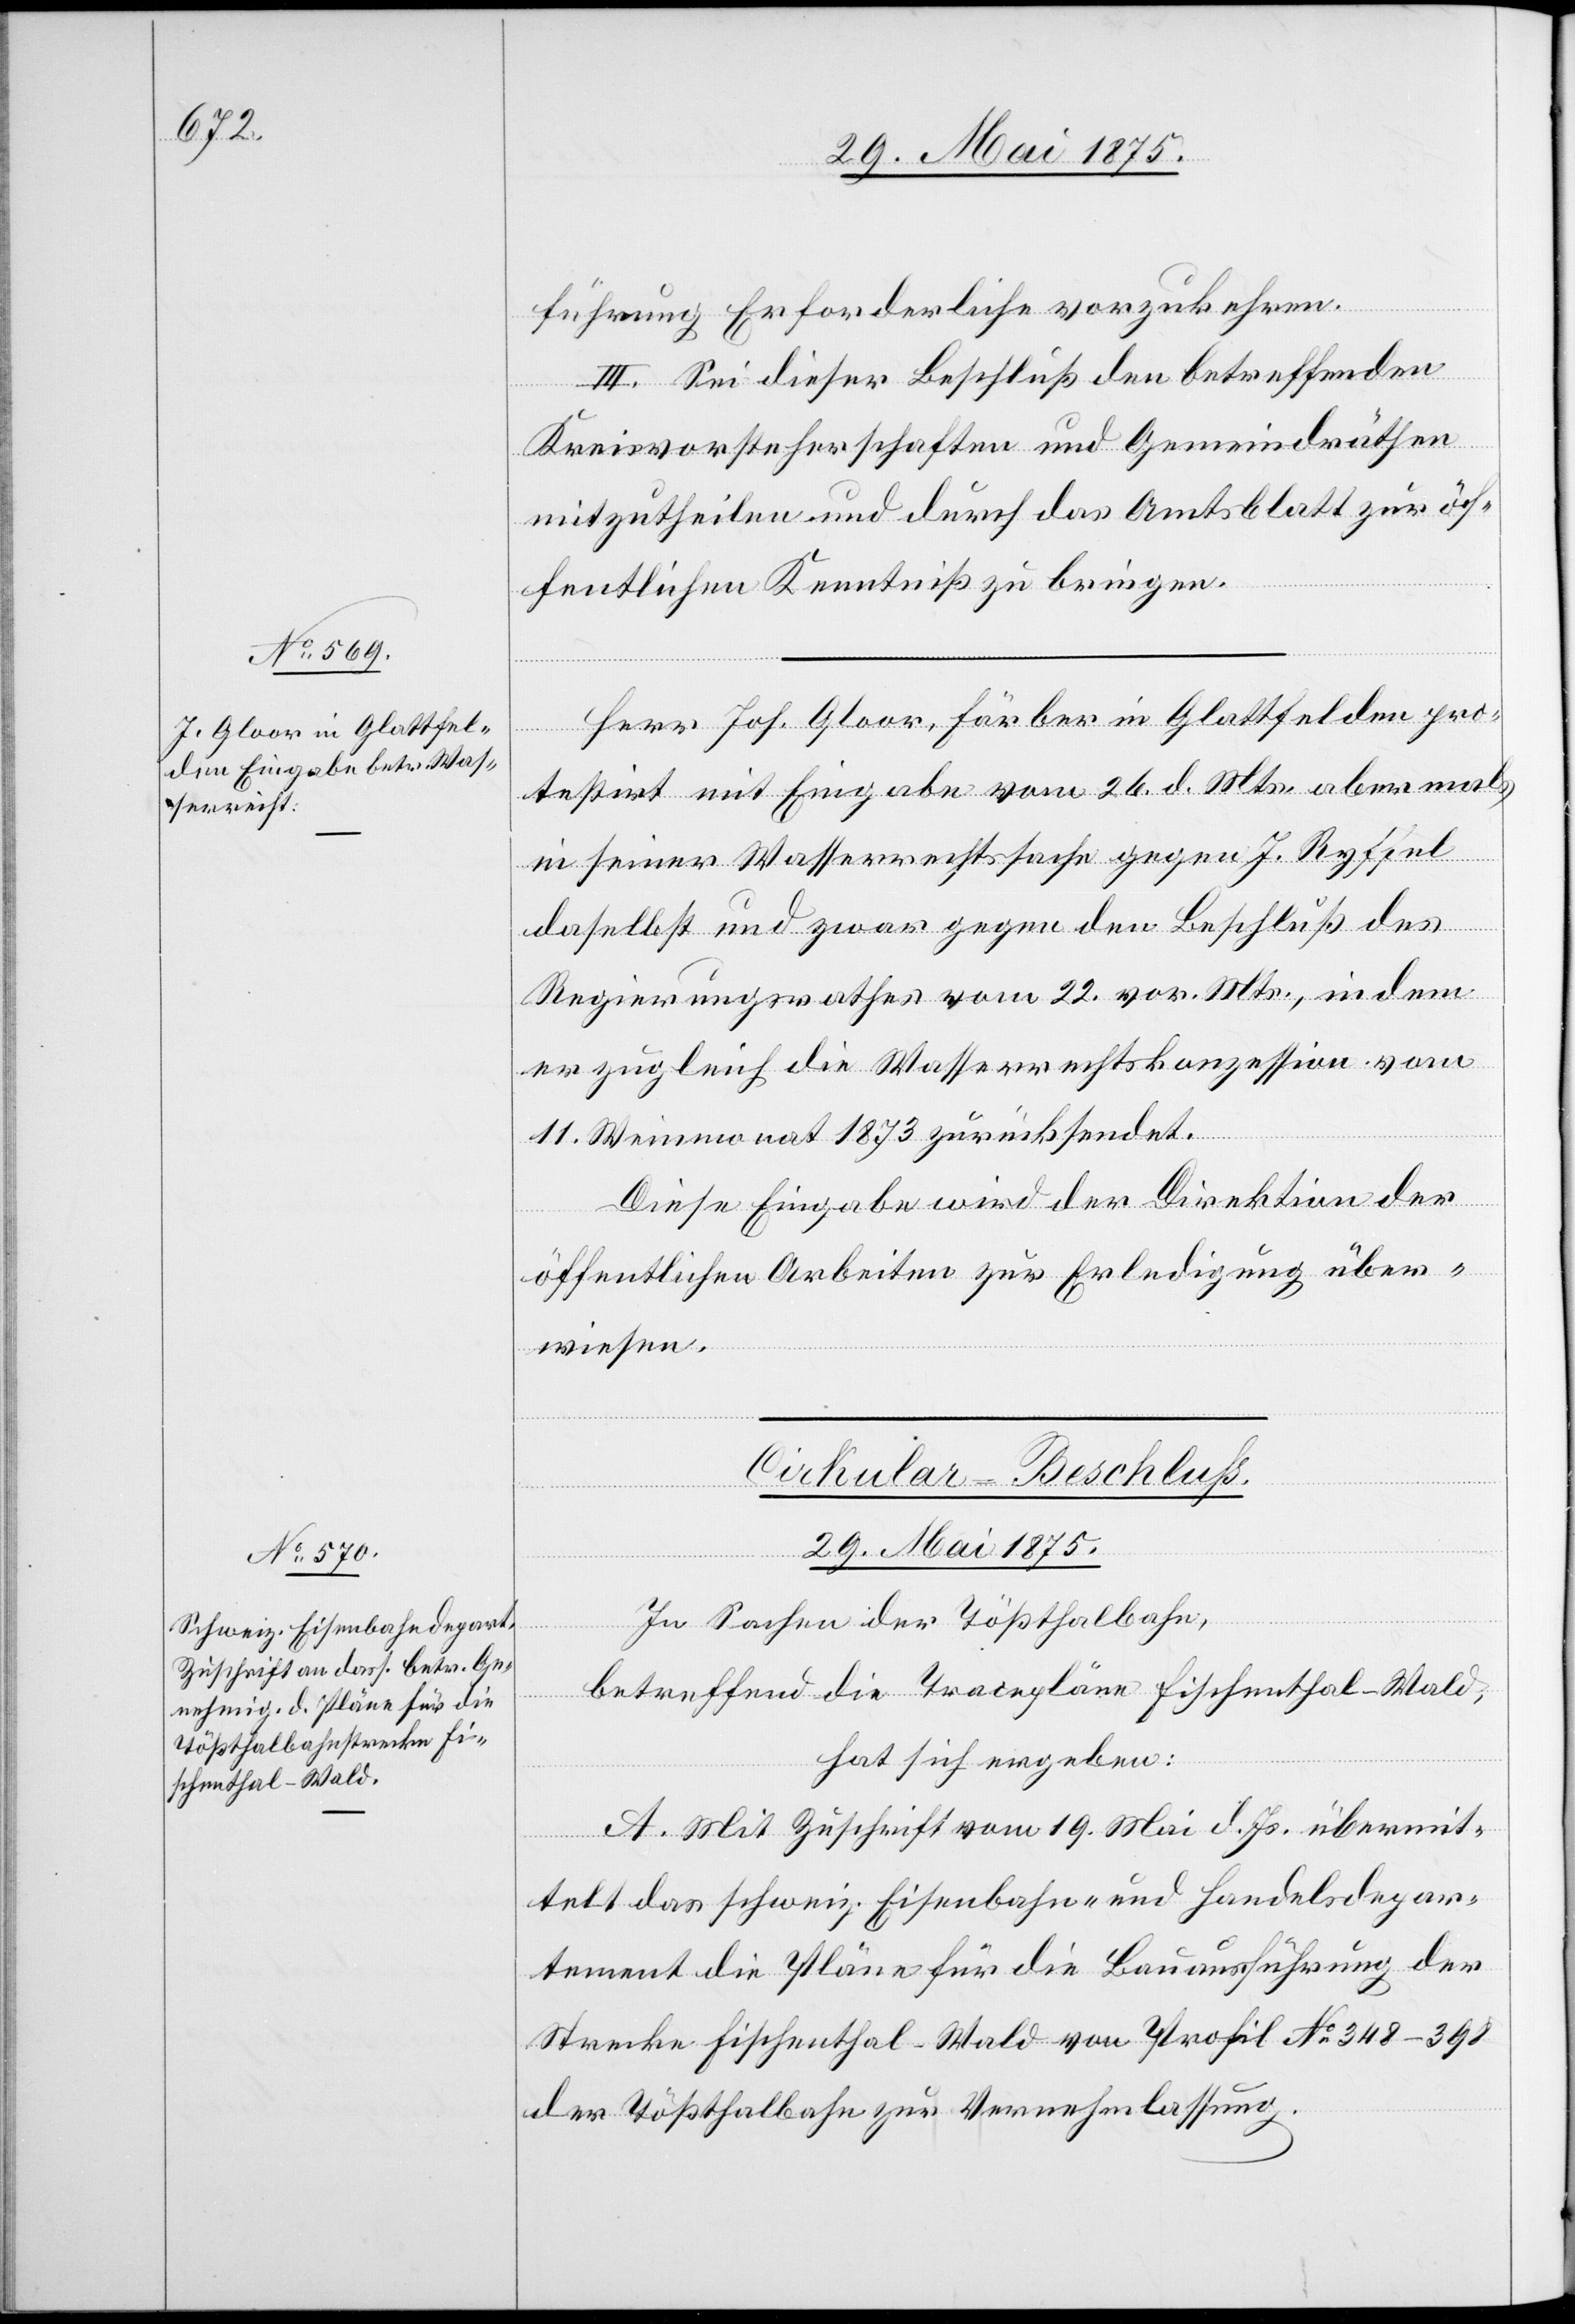
29. Mai 1875.
führung Erforderliche vorzunehmen.
der
III. Sei dieser Beschluß den betreffenden
Kreisvorsteherschaften und Gemeindräthen
mitzutheilen und durch das Amtsblatt zur öf¬
fentlichen Kenntniß zu bringen.
Herr Jos. Gloor, Färber in GGlattfelden pro¬
testirt mit Eingabe vom 26. d. Mts. abermals
in seiner Wasserrechtssache gegen J. Ryffel
daselbst und zwar gegen den Beschluß des
Regierungsrathes vom 22. vor. Mts. in dem
er zugleich die Wasserrechtskonzession vom
11. Weinmonat 1873 zurücksendet.
Diese Eingabe wird der Direktion der
öffentlichen Arbeiten zur Erledigung über¬
wiesen.
Cirkular-Beschluß.
In Sachen der Tößthalbahn,
betreffend die Tracepläne Fischenthal–Wald,
hat sich ergeben:
A. Mit Zuschrift vom 19. Mai d. Js. übermit¬
telt das schweiz. Eisenbahn- und Handelsdepar¬
tement die Pläne für die Bauausführung der
Strecke Fischenthal–Wald von Profil No 348–398
der Tößthalbahn zur Vernehmlassung.